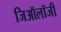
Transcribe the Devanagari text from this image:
जिऑलॉजी